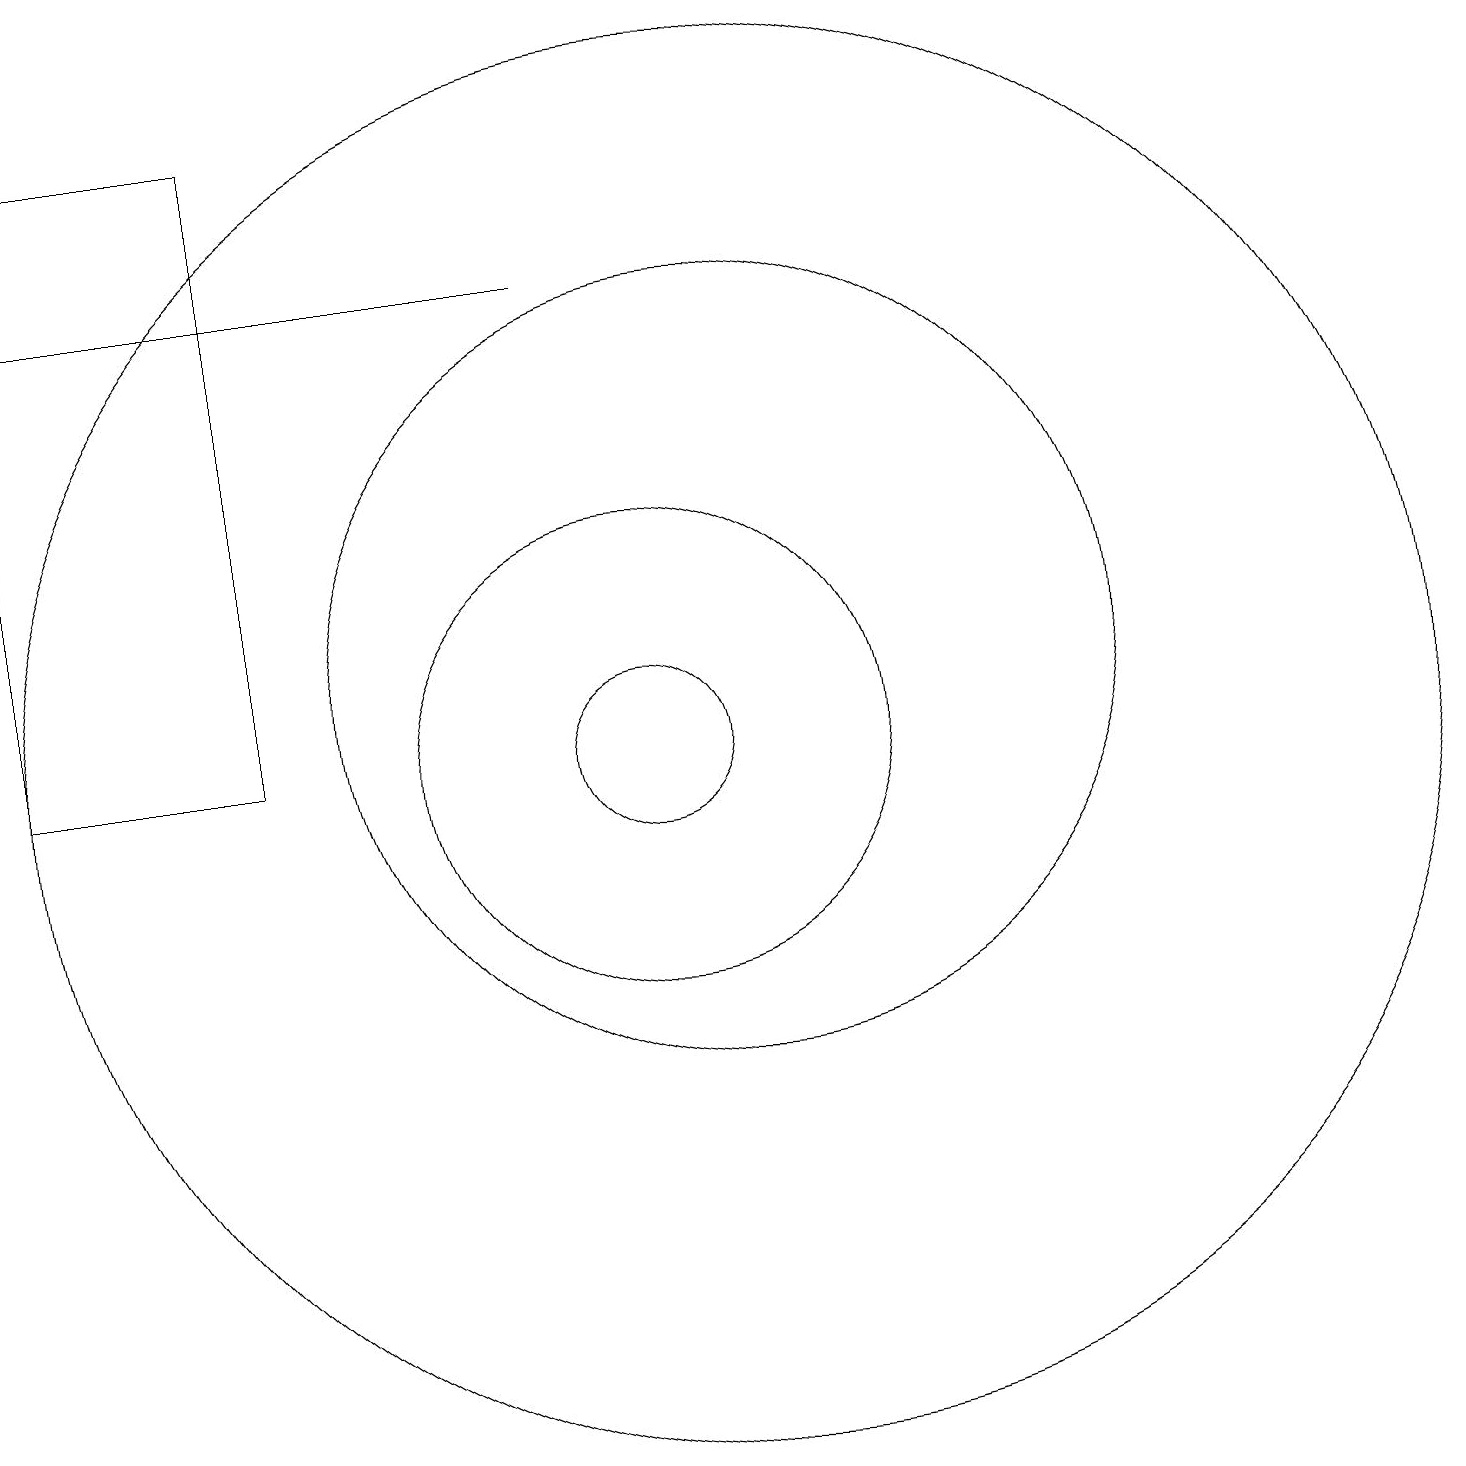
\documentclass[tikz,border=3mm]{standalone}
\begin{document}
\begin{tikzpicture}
\draw[->] (9,17) -- (2,17);
\draw (11,11) circle (9);
\draw (5,19) rectangle (2,11);
\draw (10,11) circle (1);
\draw (10,11) circle (3);
\draw (11,12) circle (5);
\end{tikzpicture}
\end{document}